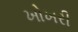
ખોખરી